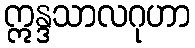
ဣန္ဒသာလဂုဟာ